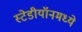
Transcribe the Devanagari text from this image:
स्टेडीयॉनमध्ये